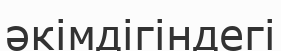
әкімдігіндегі